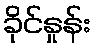
ခိုင်နှုန်း